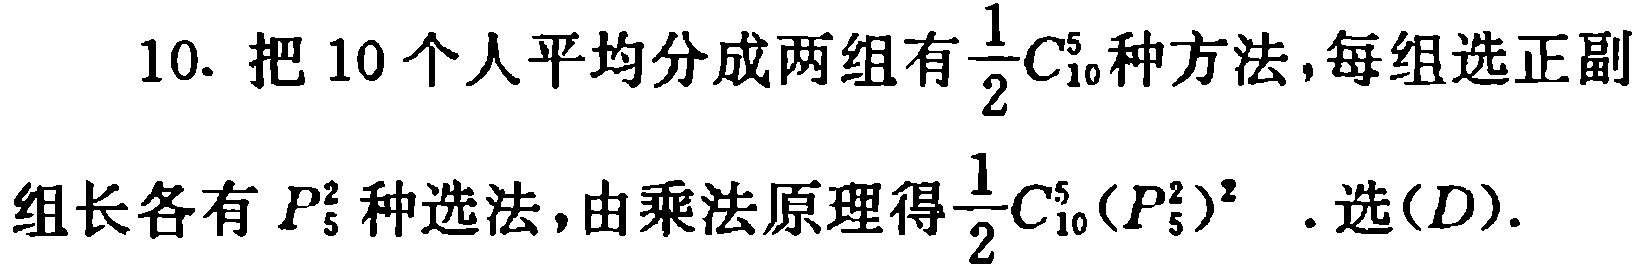
10. 把 10 个人平均分成两组有$\frac{1}{2}C_{10}^5$种方法，每组选正副组长各有$P_{5}^2$种选法，由乘法原理得$\frac{1}{2}C_{10}^5(P_{5}^2)^2$ . 选$(D)$.